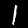
Label: 1